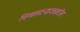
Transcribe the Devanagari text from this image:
चिखलदऱ्याजवळील